Civil Veterinary Department. Madras. Admin. report 1910-25 - 1910-1925
Year: 1910
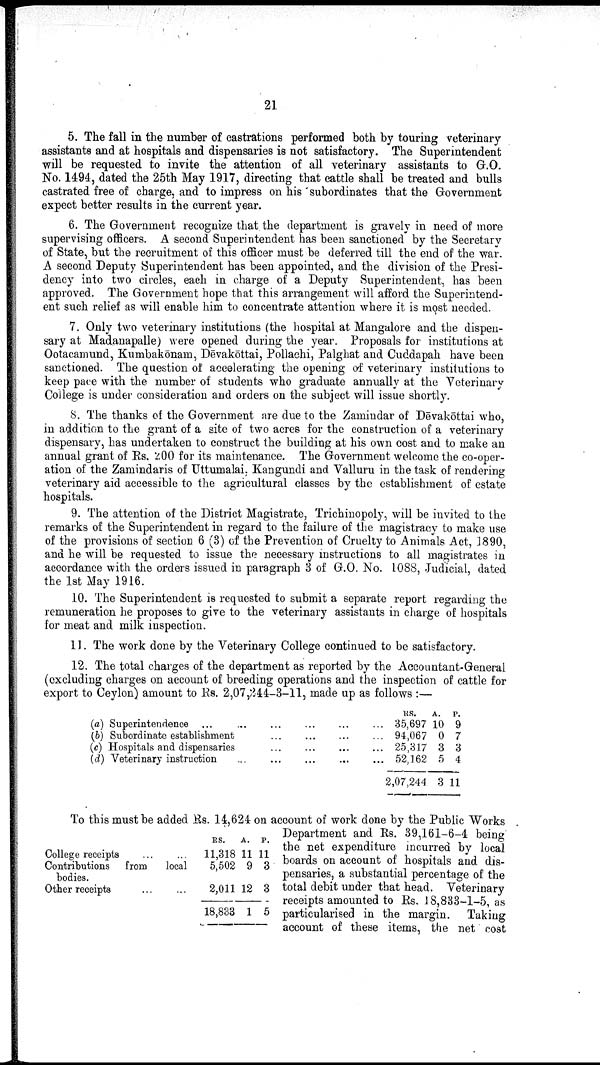
21
5. The fall in the number of castrations performed both by touring veterinary
assistants and at hospitals and dispensaries is not satisfactory. The Superintendent
will be requested to invite the attention of all veterinary assistants to G.O.
No. 1494, dated the 25th May 1917, directing that cattle shall be treated and bulls
castrated free of charge, and to impress on his subordinates that the Government
expect better results in the current year.
6. The Government recognize that the department is gravely in need of more
supervising officers. A second Superintendent has been sanctioned by the Secretary
of State, but the recruitment of this officer must be deferred till the end of the war.
A second Deputy Superintendent has been appointed, and the division of the Presi
dency into two circles, each in charge of a Deputy Superintendent, has been
approved. The Government hope that this arrangement will afford the Superintend
ent such relief as will enable him to concentrate attention where it is most needed.
7. Only two veterinary institutions (the hospital at Mangalore and the dispen
sary at Madanapalle) were opened during the year. Proposals for institutions at
Ootacamund, Kumbakōnam, Dēvakōttai, Pollachi, Palghat and Cuddapah have been
sanctioned. The question of accelerating the opening of veterinary institutions to
keep pace with the number of students who graduate annually at the Veterinary
College is under consideration and orders on the subject will issue shortly.
8. The thanks of the Government are due to the Zamindar of Dēvakōttai who,
in addition to the grant of a site of two acres for the construction of a veterinary
dispensary, has undertaken to construct the building at his own cost and to make an
annual grant of Rs, 200 for its maintenance. The Government welcome the co-oper
ation of the Zamindaris of Uttumalai, Kangundi and Valluru in the task of rendering
veterinary aid accessible to the agricultural classes by the establishment of estate
hospitals.
9. The attention of the District Magistrate, Trichinopoly, will be invited to the
remarks of the Superintendent in regard to the failure of the magistracy to make use
of the provisions of section 6 (3) of the Prevention of Cruelty to Animals Act, 1890,
and he will be requested to issue the necessary instructions to all magistrates in
accordance with the orders issued in paragraph 3 of G.O. No. 1088, Judicial, dated
the 1st May 1916.
10. The Superintendent is requested to submit a separate report regarding the
remuneration he proposes to give to the veterinary assistants in charge of hospitals
for meat and milk inspection.
11. The work done by the Veterinary College continued to be satisfactory.
12. The total charges of the department as reported by the Accountant-General
(excluding charges on account of breeding operations and the inspection of cattle for
export to Ceylon) amount to Rs. 2,07,244-3—11, made up as follows :—
(a) Superintendence ... ... ... ... ...
(b) Subordinate establishment ... ... ...
(c) Hospitals and dispensaries ... ... ...
(d) Veterinary instruction ... ... ... ...
Rs.
... 35,697
... 94,067
... 25,317
... 52,162
2,07,244
A.
10
0
3
5
3
P.
9
7
3
4
11
To this must be added Rs. 14,624 on account of work done by the Public Works
Department and Rs. 39,161-6-4 being
the net expenditure incurred by local
boards on account of hospitals and dis
pensaries, a substantial percentage of the
total debit under that head. Veterinary
receipts amounted to Rs. 18,833-1-5, as
particularised in the margin. Taking
account of these items, the net cost
College receipts ... ...
Contributions from
local
bodies.
Other receipts ... ...
RS.
11,318
5,502
2,011
18,833
A.
11
9
12
1
P.
11
3
3
5